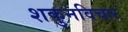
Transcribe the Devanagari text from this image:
शकुनविचार